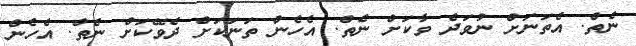
ނެތް. އެތަނަށް ނުވަދެ ވާކަށް ނެތް. އެހެން ތަނަކަށް ދެވޭކަށް ނެތް. އެހެން